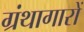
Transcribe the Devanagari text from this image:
ग्रंथागारों